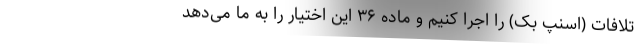
تلافات (اسنپ بک) را اجرا کنیم و ماده ۳۶ این اختیار را به ما می‌دهد